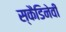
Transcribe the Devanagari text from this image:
स्कैडिनेवी